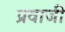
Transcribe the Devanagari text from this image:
प्रवाजी